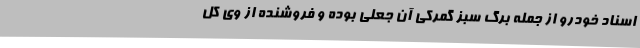
اسناد خودرو از جمله برگ سبز گمرکی آن جعلی بوده و فروشنده از وی کل